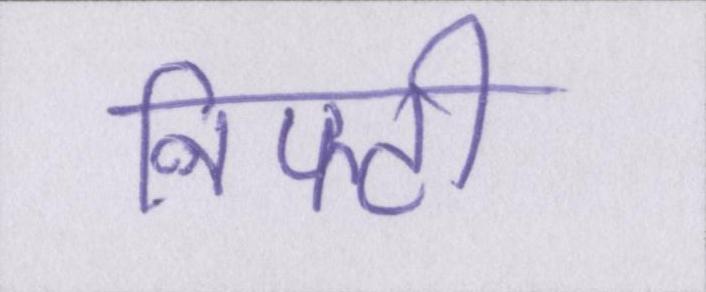
निफ्टी